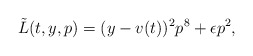
\begin{align*}\tilde{L}(t, y, p) = (y - v(t))^2 p^8 + \epsilon p^2,\end{align*}